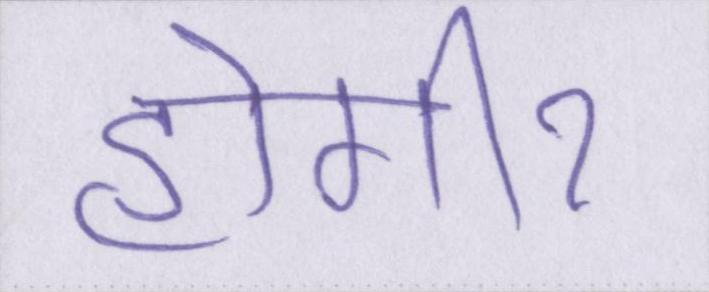
होगीॽ